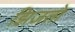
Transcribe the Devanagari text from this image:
झिजतो